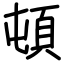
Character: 頓